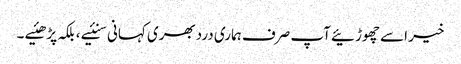
خیر اسے چھوڑئیے آپ صرف ہماری دردبھری کہانی سنئیے ، بلکہ پڑھئیے ۔